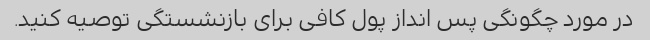
در مورد چگونگی پس انداز پول کافی برای بازنشستگی توصیه کنید.